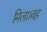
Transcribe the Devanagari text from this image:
मिला।वह